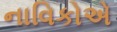
નાવિકોએ